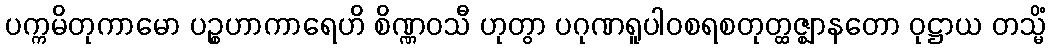
ပက္ကမိတုကာမော ပဉ္စဟာကာရေဟိ စိဏ္ဏဝသီ ဟုတွာ ပဂုဏရူပါဝစရစတုတ္ထဇ္ဈာနတော ဝုဋ္ဌာယ တသ္မိံ